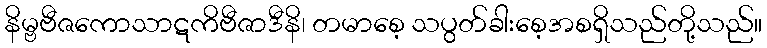
နိမ္ဗဗီဇကောသာဋကိဗီဇာဒီနိ၊ တမာစေ့ သပွတ်ခါးစေ့အစရှိသည်တို့သည်။